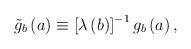
LaTeX: \begin{align*}\tilde g_b\left( a\right) \equiv \left[ \lambda \left( b\right) \right]^{-1}g_b\left( a\right) ,\end{align*}